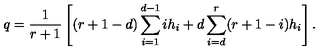
q = \frac { 1 } { r + 1 } \left[ ( r + 1 - d ) \sum _ { i = 1 } ^ { d - 1 } i h _ { i } + d \sum _ { i = d } ^ { r } ( r + 1 - i ) h _ { i } \right] .